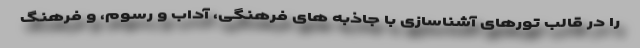
را در قالب تورهای آشناسازی با جاذبه های فرهنگی، آداب و رسوم، و فرهنگ